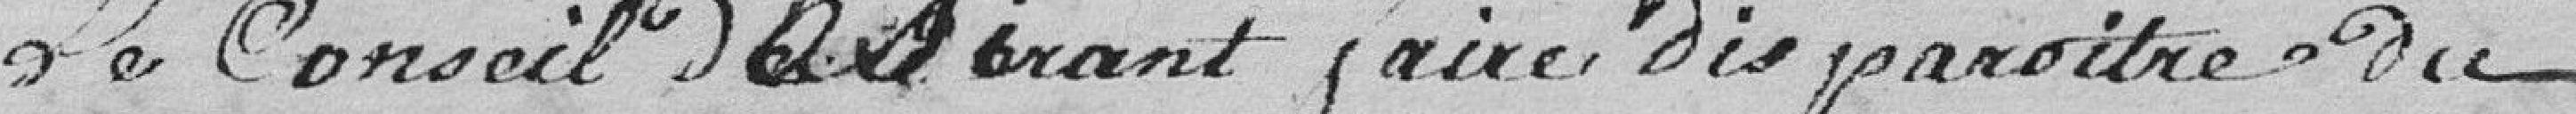
Le Conseil désirant faire disparaitre du